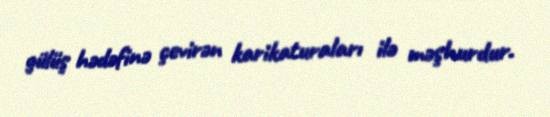
gülüş hədəfinə çevirən karikaturaları ilə məşhurdur.